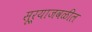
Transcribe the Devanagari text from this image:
सूर्याजवळील